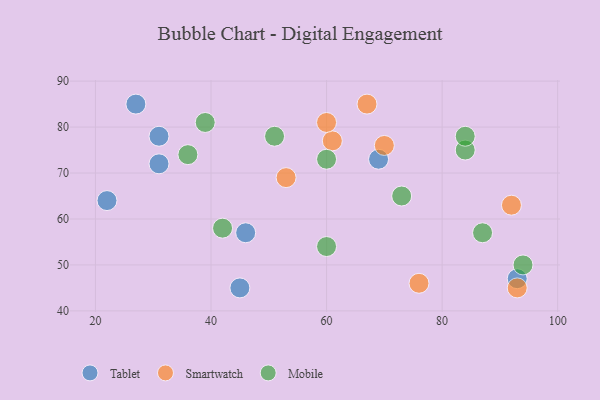
{"axis": {"x": "GDP", "y": "Life Expectancy"}, "legend": ["Mobile", "Smartwatch", "Tablet"], "data": [{"x": "22", "y": 64, "type": "Tablet"}, {"x": "31", "y": 78, "type": "Tablet"}, {"x": "69", "y": 73, "type": "Tablet"}, {"x": "27", "y": 85, "type": "Tablet"}, {"x": "93", "y": 47, "type": "Tablet"}, {"x": "45", "y": 45, "type": "Tablet"}, {"x": "46", "y": 57, "type": "Tablet"}, {"x": "31", "y": 72, "type": "Tablet"}, {"x": "70", "y": 76, "type": "Smartwatch"}, {"x": "61", "y": 77, "type": "Smartwatch"}, {"x": "67", "y": 85, "type": "Smartwatch"}, {"x": "93", "y": 45, "type": "Smartwatch"}, {"x": "53", "y": 69, "type": "Smartwatch"}, {"x": "92", "y": 63, "type": "Smartwatch"}, {"x": "60", "y": 81, "type": "Smartwatch"}, {"x": "76", "y": 46, "type": "Smartwatch"}, {"x": "87", "y": 57, "type": "Mobile"}, {"x": "73", "y": 65, "type": "Mobile"}, {"x": "60", "y": 73, "type": "Mobile"}, {"x": "84", "y": 75, "type": "Mobile"}, {"x": "94", "y": 50, "type": "Mobile"}, {"x": "36", "y": 74, "type": "Mobile"}, {"x": "51", "y": 78, "type": "Mobile"}, {"x": "84", "y": 78, "type": "Mobile"}, {"x": "42", "y": 58, "type": "Mobile"}, {"x": "60", "y": 54, "type": "Mobile"}, {"x": "39", "y": 81, "type": "Mobile"}]}